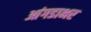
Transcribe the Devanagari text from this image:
आंगडाभर